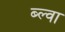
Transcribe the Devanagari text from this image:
ब्ल्वा